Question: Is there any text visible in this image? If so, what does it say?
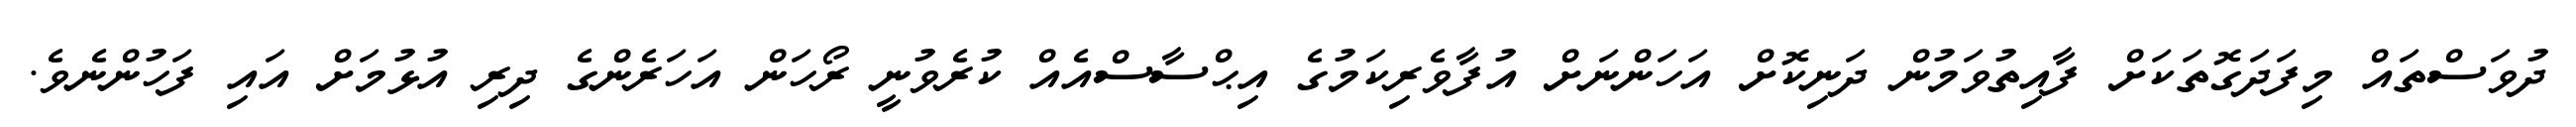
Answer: ދުވަސްތައް މިފަދަގޮތަކަށް ފާއިތުވަމުން ދަނިކޮށް އަހަންނަށް އުފާވެރިކަމުގެ އިޙްސާސްއެއް ކުރެވުނީ ރޯހަން އަހަރެންގެ ދިރި އުޅުމަށް އައި ފަހުންނެވެ.